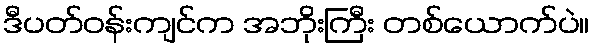
ဒီပတ်ဝန်းကျင်က အဘိုးကြီး တစ်ယောက်ပဲ။